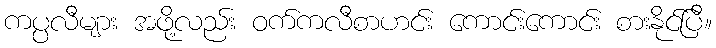
ကပ္ပလီများ အဖို့လည်း ဝက်ကလီစာဟင်း ကောင်းကောင်း စားနိုင်ပြီ။